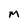
Character: M